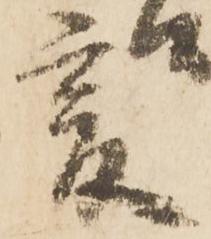
爰